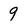
Character: 9